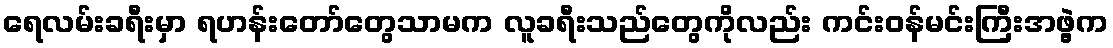
ရေလမ်းခရီးမှာ ရဟန်းတော်တွေသာမက လူခရီးသည်တွေကိုလည်း ကင်းဝန်မင်းကြီးအဖွဲ့က